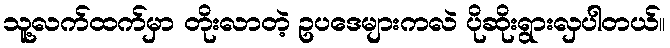
သူ့လက်ထက်မှာ တိုးလာတဲ့ ဥပဒေများကလဲ ပိုဆိုးရွားလှပါတယ်။